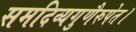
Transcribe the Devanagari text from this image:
समदिव्यगुणैरुपेत।